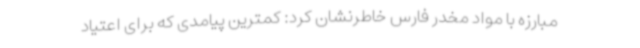
مبارزه با مواد مخدر فارس خاطرنشان کرد: کمترین پیامدی که برای اعتیاد